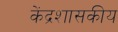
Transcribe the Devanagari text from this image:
केंद्रशासकीय